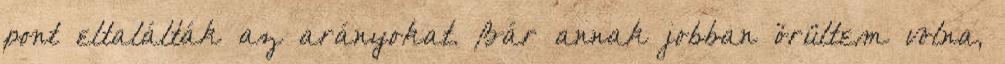
pont eltalálták az arányokat. Bár annak jobban örültem volna,